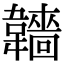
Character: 𩏫